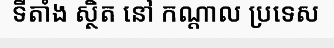
ទីតាំង ស្ថិត នៅ កណ្តាល ប្រទេស